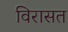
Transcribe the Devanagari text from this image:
विरासत